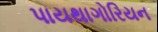
પાયથાગોરિયન